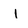
Character: I